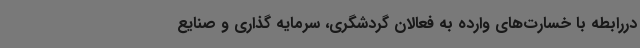
دررابطه با خسارت‌های وارده به فعالان گردشگری، سرمایه گذاری و صنایع